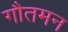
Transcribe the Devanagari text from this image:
गौतमन